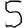
Digit: 5